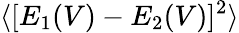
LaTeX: \langle[E_{1}(V)-E_{2}(V)]^{2}\rangle